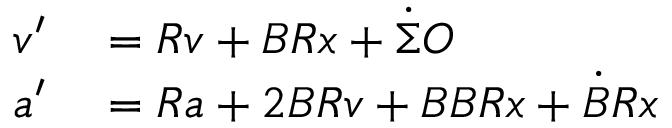
\begin{array} { r l } { v ^ { \prime } } & { { } = R v + B R x + \Dot { \Sigma } O } \\ { a ^ { \prime } } & { { } = R a + 2 B R v + B B R x + \Dot { B } R x } \end{array}